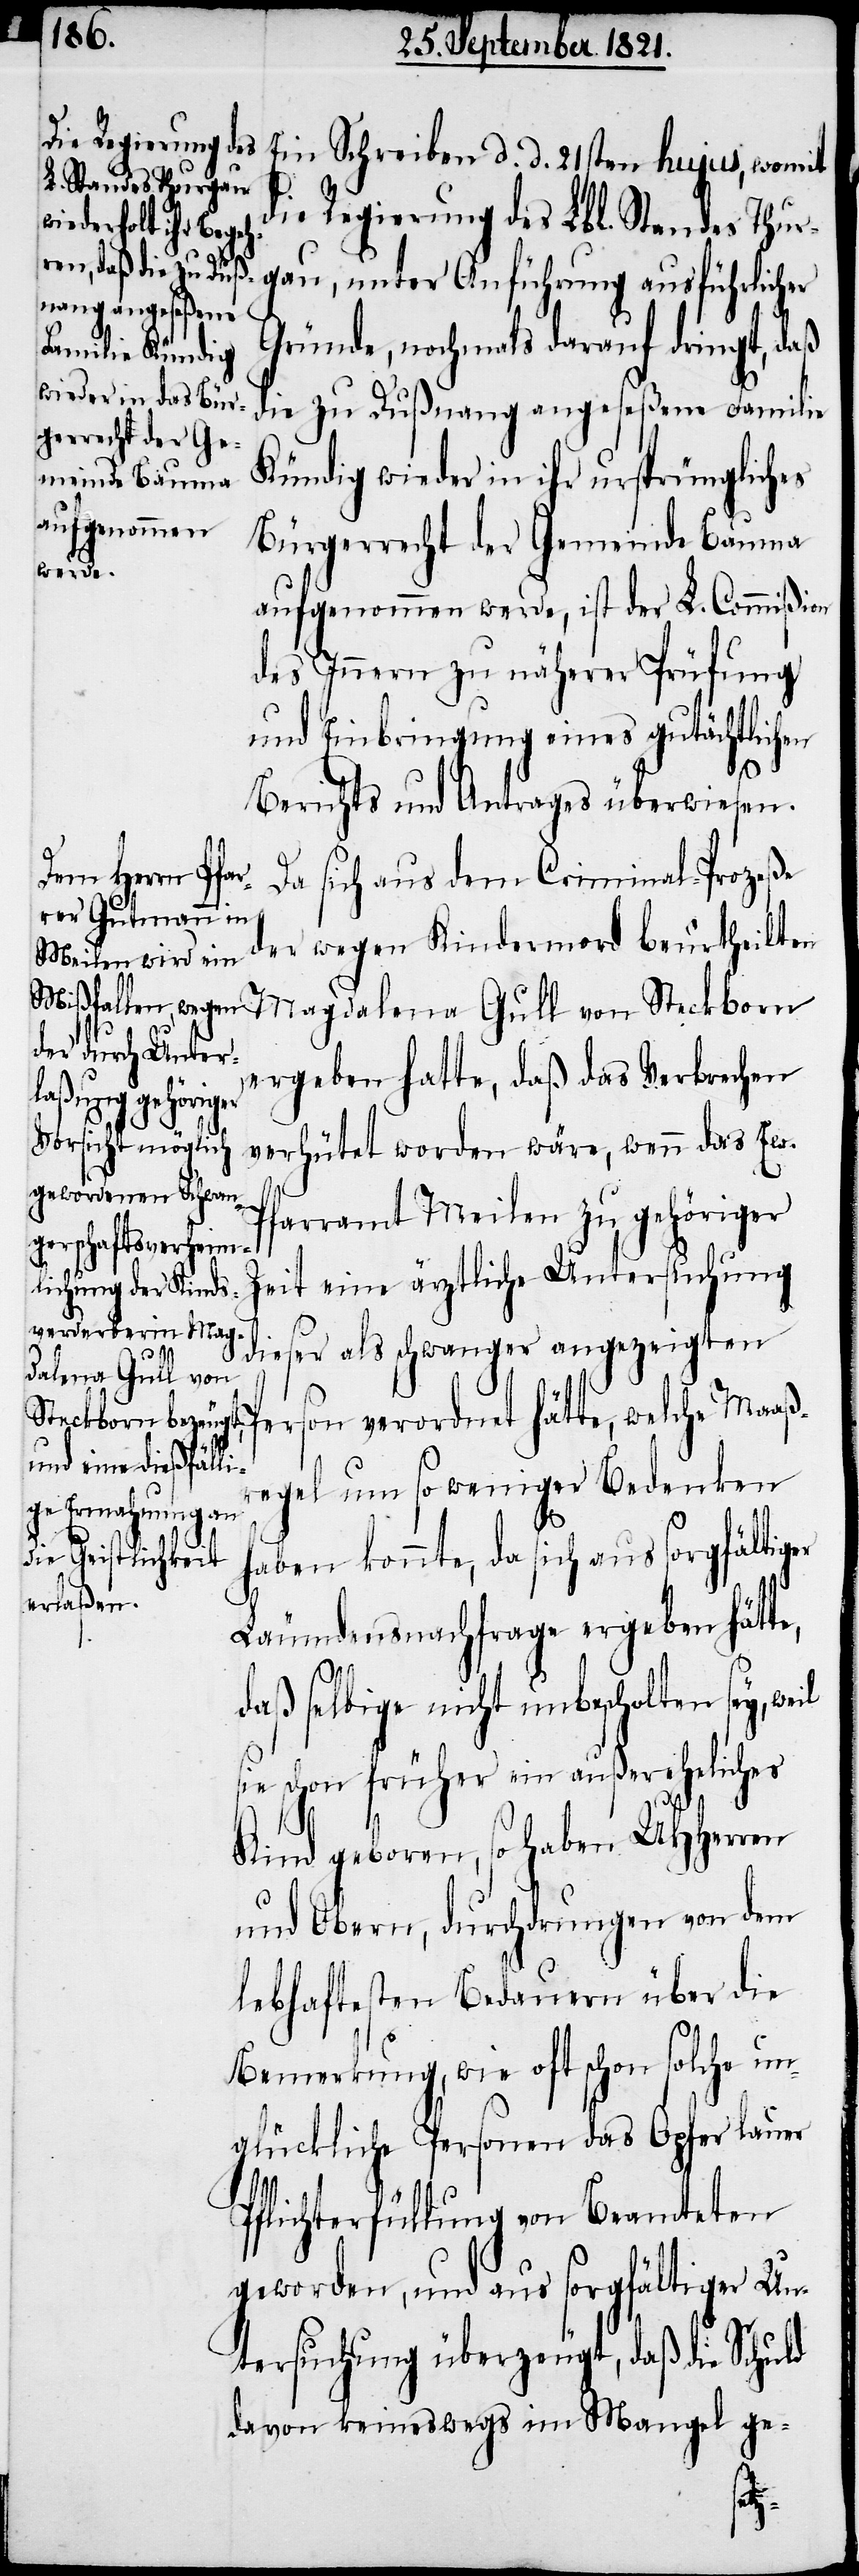
Ein Schreiben d. d. 21sten hujus, womit
die Regierung des Lbl. Standes Thur¬
gau, unter Anführung ausführlicher
Gründe, nochmals darauf dringt, daß
die zu Dußnang angeseßene Familie
Kündig wieder in ihr ursprüngliches
Bürgerrecht der Gemeinde Bauma
aufgenommen werde, ist der L. Commißion
des Innern zu näherer Prüfung
und Einbringung eines gutächtlichen
Berichts und Antrages überwiesen.
Da sich aus dem Criminal-Proceße
der wegen Kindermord beurtheilten
Magdalena Gull von Steckborn
Maaßr¬
ergeben hatte, daß das Verbrechen
verhütet worden wäre, wenn das Ew.
Pfarramt Meilen zu gehöriger
Zeit eine Ärztliche Untersuchung
dieser als schwanger angezeigten
egel um so weniger Bedenken
haben konnte, da sich aus sorgfältiger
Läumdensnachfrage ergeben hätte,
daß selbige nicht unbescholten sey, weil
sie schon früher ein außereheliches
Kind geboren, so haben UHHerren
und Obern, durchdrungen von dem
lebhaften Bedauern über die
Bemerkung, wie oft schon solche un¬
glückliche Personen das Opfer lauer
Pflichterfüllung von Beamteten
geworden, und aus sorgfältiger Unt¬
ersuchung überzeugt, daß die Schuld
davon keineswegs im Mangel ge-